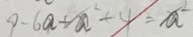
9 - 6 a + a ^ { 2 } + 4 = a ^ { 2 }